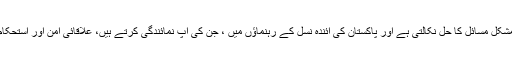
ان کا کہنا تھا کہ سفارتکار ی انتہائی مشکل مسائل کا حل نکالتی ہے اور پاکستان کی آئندہ نسل کے رہنماؤں میں ، جن کی آپ نمائندگی کرتے ہیں، علاقائی امن اور استحکام لانے میں مددگار ثابت ہو سکتی ہے۔